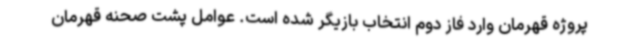
پروژه قهرمان وارد فاز دوم انتخاب بازیگر شده است. عوامل پشت صحنه قهرمان